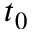
t _ { 0 }